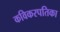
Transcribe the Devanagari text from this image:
कविकरपतिका